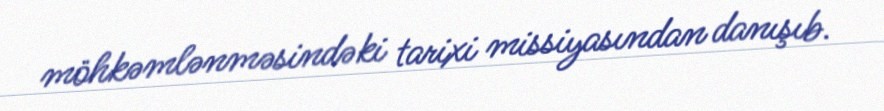
möhkəmlənməsindəki tarixi missiyasından danışıb.